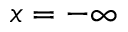
x = - \infty